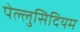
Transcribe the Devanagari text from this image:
पेल्लुसिदियम